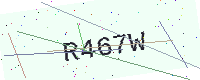
Text: R467W